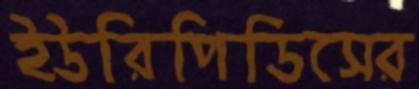
ইউরিপিডিসের